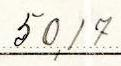
50,17